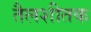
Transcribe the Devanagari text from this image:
तैलशीतक